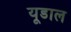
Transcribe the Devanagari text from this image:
यूडाल